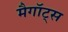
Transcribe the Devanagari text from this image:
मैगॉट्स